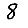
Digit: 8